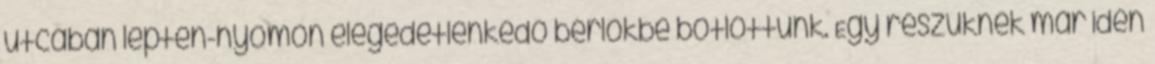
utcában lépten-nyomon elégedetlenkedő bérlőkbe botlottunk. Egy részüknek már idén